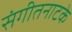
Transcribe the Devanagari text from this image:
संगीतनाटके